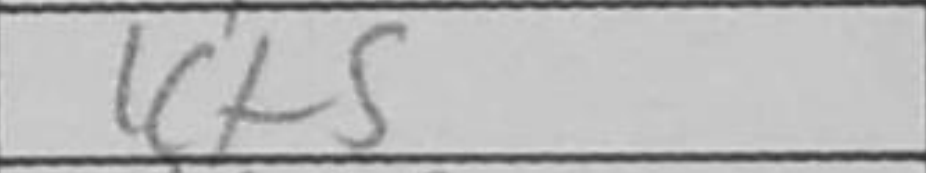
Transcription: Kf5